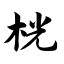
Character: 桄